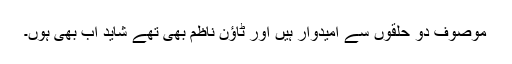
موصوف دو حلقوں سے امیدوار ہیں اور ٹاؤن ناظم بھی تھے شاید اب بھی ہوں۔